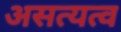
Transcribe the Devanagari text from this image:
असत्यत्व